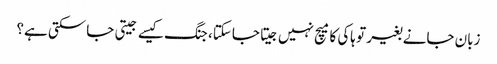
زبان جانے بغیر تو ہاکی کا میچ نہیں جیتا جاسکتا، جنگ کیسے جیتی جاسکتی ہے؟